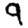
Digit: 9